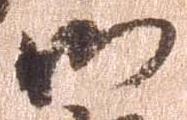
御